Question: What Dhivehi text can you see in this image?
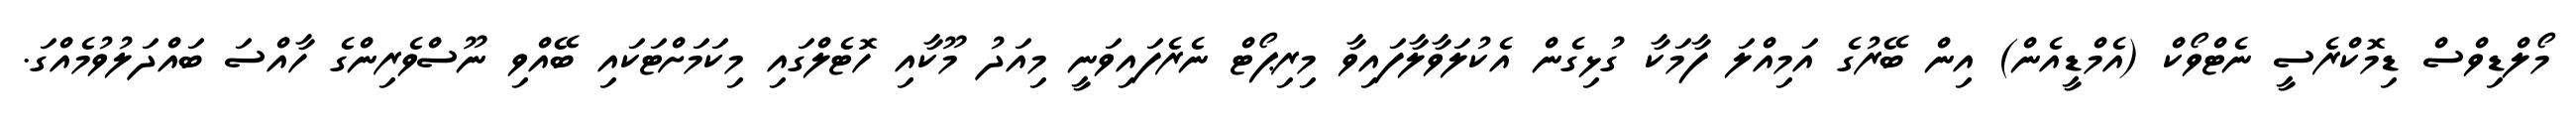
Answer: މޯލްޑިވްސް ޑިމޮކްރެސީ ނެޓްވޯކް (އެމްޑީއެން) އިން ބޭރުގެ އަމިއްލަ ފާމަކާ ގުޅިގެން އެކުލަވާލާފައިވާ މިރިޕޯޓް ނެރެފައިވަނީ މިއަދު މޫކާއި ހޮޓެލްގައި މިކަމަށްޓަކައި ބޭއްވި ނޫސްވެރިންގެ ހާއްސަ ބައްދަލުވުމެއްގަ.